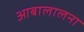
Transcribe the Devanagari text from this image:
आबालालना